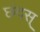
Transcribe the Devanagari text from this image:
छंदस्